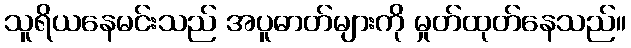
သူရိယနေမင်းသည် အပူဓာတ်များကို မှုတ်ထုတ်နေသည်။